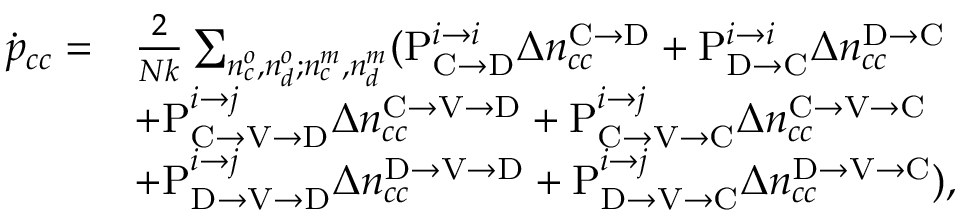
\begin{array} { r l } { \dot { p } _ { c c } = } & { \frac { 2 } { N k } \sum _ { n _ { c } ^ { o } , n _ { d } ^ { o } ; n _ { c } ^ { m } , n _ { d } ^ { m } } ( \mathrm { P } _ { \mathrm { C } \rightarrow \mathrm { D } } ^ { i \rightarrow i } \Delta n _ { c c } ^ { \mathrm { C } \rightarrow \mathrm { D } } + \mathrm { P } _ { \mathrm { D } \rightarrow \mathrm { C } } ^ { i \rightarrow i } \Delta n _ { c c } ^ { \mathrm { D } \rightarrow \mathrm { C } } } \\ & { + \mathrm { P } _ { \mathrm { C } \rightarrow \mathrm { V } \rightarrow \mathrm { D } } ^ { i \rightarrow j } \Delta n _ { c c } ^ { \mathrm { C } \rightarrow \mathrm { V } \rightarrow \mathrm { D } } + \mathrm { P } _ { \mathrm { C } \rightarrow \mathrm { V } \rightarrow \mathrm { C } } ^ { i \rightarrow j } \Delta n _ { c c } ^ { \mathrm { C } \rightarrow \mathrm { V } \rightarrow \mathrm { C } } } \\ & { + \mathrm { P } _ { \mathrm { D } \rightarrow \mathrm { V } \rightarrow \mathrm { D } } ^ { i \rightarrow j } \Delta n _ { c c } ^ { \mathrm { D } \rightarrow \mathrm { V } \rightarrow \mathrm { D } } + \mathrm { P } _ { \mathrm { D } \rightarrow \mathrm { V } \rightarrow \mathrm { C } } ^ { i \rightarrow j } \Delta n _ { c c } ^ { \mathrm { D } \rightarrow \mathrm { V } \rightarrow \mathrm { C } } ) , } \end{array}